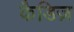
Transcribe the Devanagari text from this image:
कैडिज़